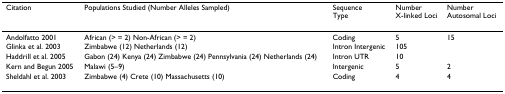
<table><thead><tr><td><b>Citation</b></td><td><b>Populations Studied (Number Alleles Sampled)</b></td><td><b>Sequence Type</b></td><td><b>Number X-linked Loci</b></td><td><b>Number Autosomal Loci</b></td></tr></thead><tbody><tr><td>Andolfatto 2001</td><td>African (&gt; = 2) Non-African (&gt; = 2)</td><td>Coding</td><td>5</td><td>15</td></tr><tr><td>Glinka et al. 2003</td><td>Zimbabwe (12) Netherlands (12)</td><td>Intron Intergenic</td><td>105</td><td></td></tr><tr><td>Haddrill et al. 2005</td><td>Gabon (24) Kenya (24) Zimbabwe (24) Pennsylvania (24) Netherlands (24)</td><td>Intron UTR</td><td>10</td><td></td></tr><tr><td>Kern and Begun 2005</td><td>Malawi (5–9)</td><td>Intergenic</td><td>5</td><td>2</td></tr><tr><td>Sheldahl et al. 2003</td><td>Zimbabwe (4) Crete (10) Massachusetts (10)</td><td>Coding</td><td>4</td><td>4</td></tr></tbody></table>